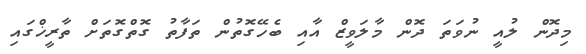
މިދޮން ލުއީ ނުވަތަ ދޮން މާލަވީޒް އާއި ބެހޭގޮތުން ތަފާތު ގޮތްގޮތަށް ތާރީޚްގައި